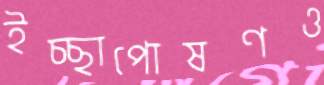
ইচ্ছাপোষণও